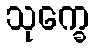
သုက္ခေ